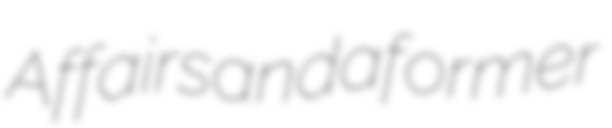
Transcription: Affairs and a former